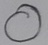
Text: O